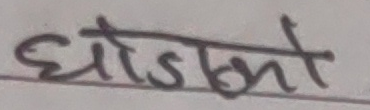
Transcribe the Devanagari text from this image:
घोडाको